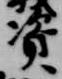
資